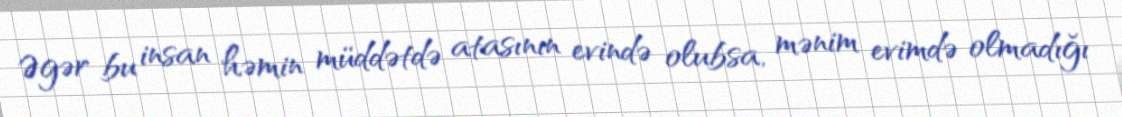
Əgər bu insan həmin müddətdə atasının evində olubsa, mənim evimdə olmadığı